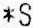
*S